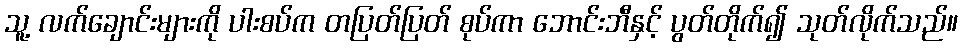
သူ့ လက်ချောင်းများကို ပါးစပ်က တပြတ်ပြတ် စုပ်ကာ ဘောင်းဘီနှင့် ပွတ်တိုက်၍ သုတ်လိုက်သည်။